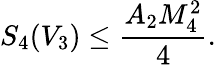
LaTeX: S_{4}(V_{3})\leq\frac{A_{2}M_{4}^{2}}{4}.